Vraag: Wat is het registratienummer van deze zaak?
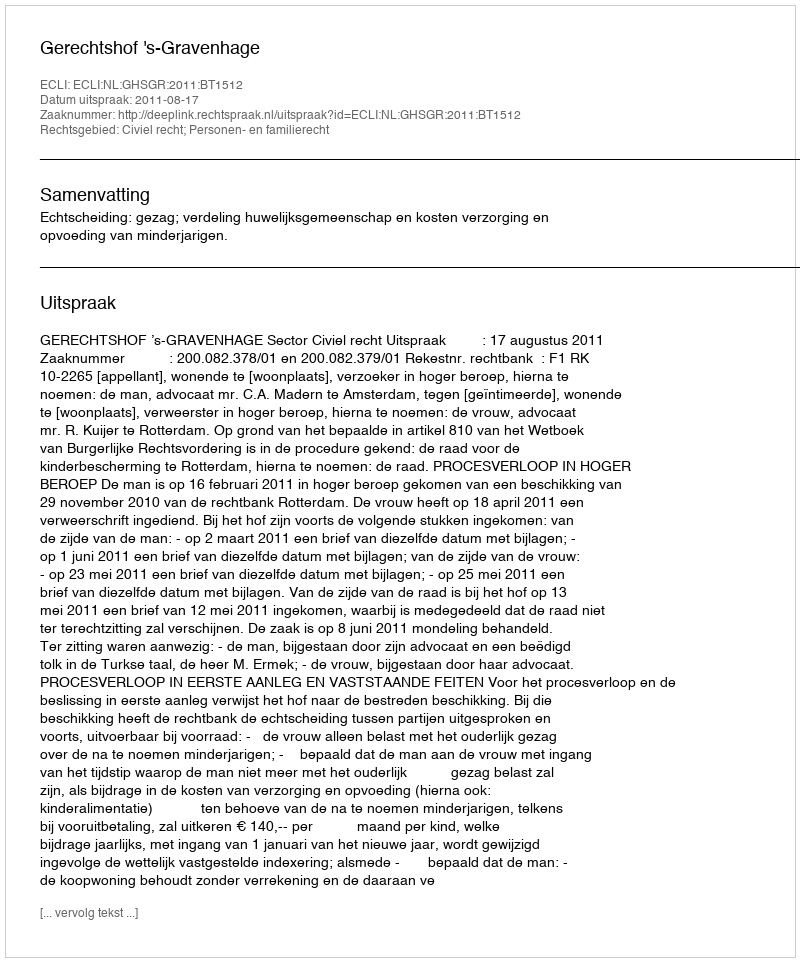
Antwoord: http://deeplink.rechtspraak.nl/uitspraak?id=ECLI:NL:GHSGR:2011:BT1512